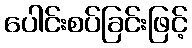
ပေါင်းစပ်ခြင်းဖြင့်